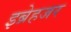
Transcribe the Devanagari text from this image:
इब्रेहजर